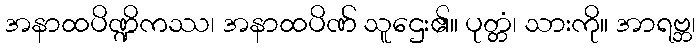
အနာထပိဏ္ဍိကဿ၊ အနာထပိဏ် သူဌေး၏။ ပုတ္တံ၊ သားကို။ အာရဗ္ဘ၊